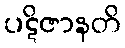
ပဋိဇာနတိ